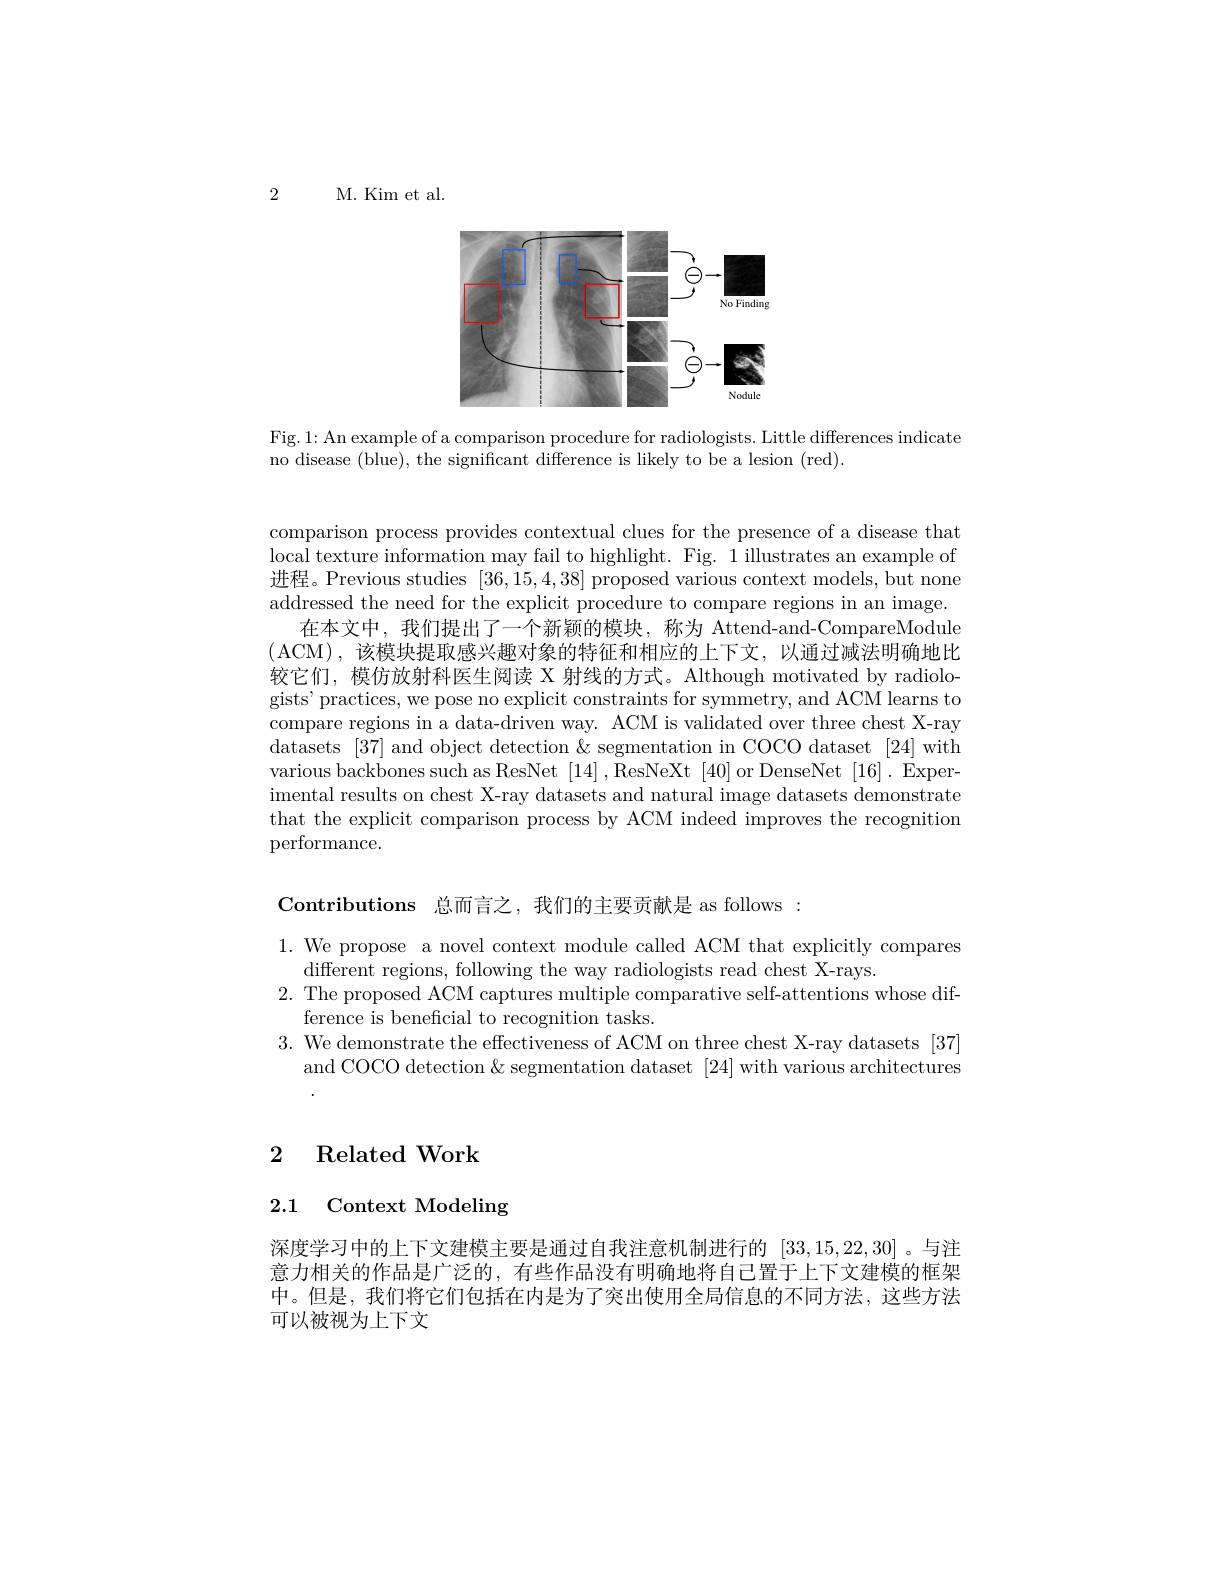
2

M. Kim et al.

<FigureHere>

Fig.1: An example of a comparison procedure for radiologists. Little differences indicate
no disease (blue), the significant difference is likely to be a lesion (red).

comparison process provides contextual clues for the presence of a disease that local texture information may fail to highlight. Fig. 1 illustrates an example of 进程。Previous studies [36,15,4,38] proposed various context models, but none addressed the need for the explicit procedure to compare regions in an image.
在本文中，我们提出了一个新颖的模块，称为 Attend-and-CompareModule (ACM),该模块提取感兴趣对象的特征和相应的上下文，以通过减法明确地比较它们，模仿放射科医生阅读 X 射线的方式。Although motivated by radiologists' practices, we pose no explicit constraints for symmetry, and ACM learns to compare regions in a data-driven way. ACM is validated over three chest X-ray datasets [37] and object detection & segmentation in COCO dataset [24] with various backbones such as ResNet [14],ResNeXt [40] or DenseNet [16]. Experimental results on chest X-ray datasets and natural image datasets demonstrate that the explicit comparison process by ACM indeed improves the recognition performance.

Contributions 总而言之，我们的主要贡献是 as follows:

1. We propose a novel context module called ACM that explicitly compares
different regions, following the way radiologists read chest X-rays.
2. The proposed ACM captures multiple comparative self-attentions whose dif-
ference is beneficial to recognition tasks
3. We demonstrate the effectiveness of ACM on three chest X-ray datasets [37]
and COCO detection & segmentation dataset [24] with various architectures

# 2 Related Work

# 2.1 Context Modeling

深度学习中的上下文建模主要是通过自我注意机制进行的[33,15,22,30] 。与注意力相关的作品是广泛的，有些作品没有明确地将自己置于上下文建模的框架中。但是，我们将它们包括在内是为了突出使用全局信息的不同方法，这些方法可以被视为上下文